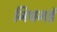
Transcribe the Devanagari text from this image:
निचनई